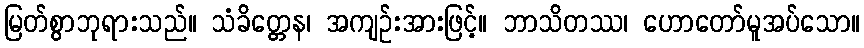
မြတ်စွာဘုရားသည်။ သံခိတ္တေန၊ အကျဉ်းအားဖြင့်။ ဘာသိတဿ၊ ဟောတော်မူအပ်သော။